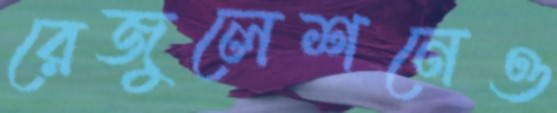
রেজুলেশনেও